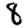
Digit: 8